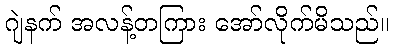
ဂျဲနက် အလန့်တကြား အော်လိုက်မိသည်။